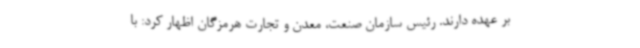
بر عهده دارند. رئیس سازمان صنعت، معدن و تجارت هرمزگان اظهار کرد: با